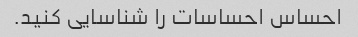
احساس احساسات را شناسایی کنید.